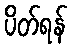
ပိတ်ရန်